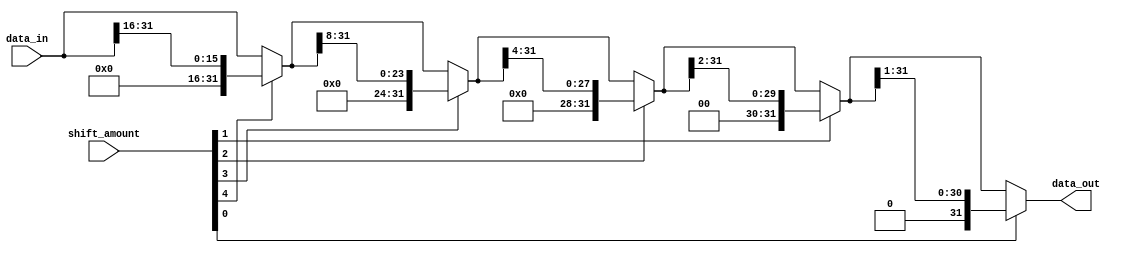
module barrel_shifter (
    input [31:0] data_in,
    input [4:0] shift_amount,
    output [31:0] data_out
);

reg [31:0] temp_data;

always @* begin
    temp_data = data_in;
    
    // Binary tree structure
    if (shift_amount[4]) temp_data = temp_data >> (1 << 4);
    if (shift_amount[3]) temp_data = temp_data >> (1 << 3);
    if (shift_amount[2]) temp_data = temp_data >> (1 << 2);
    if (shift_amount[1]) temp_data = temp_data >> (1 << 1);
    if (shift_amount[0]) temp_data = temp_data >> (1 << 0);
    
    data_out = temp_data;
end

endmodule